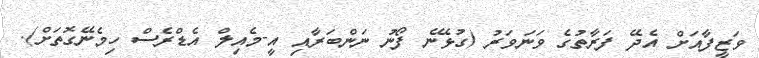
ވަޒީފާއަށް އެދޭ ފަރާތުގެ ވަނަވަރު (ގުޅޭނެ ފޯނު ނަންބަރާއި އީ-މެއިލް އެޑްރެސް ހިމެނޭގޮތަށް).